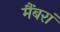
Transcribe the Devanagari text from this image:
मैंबरां